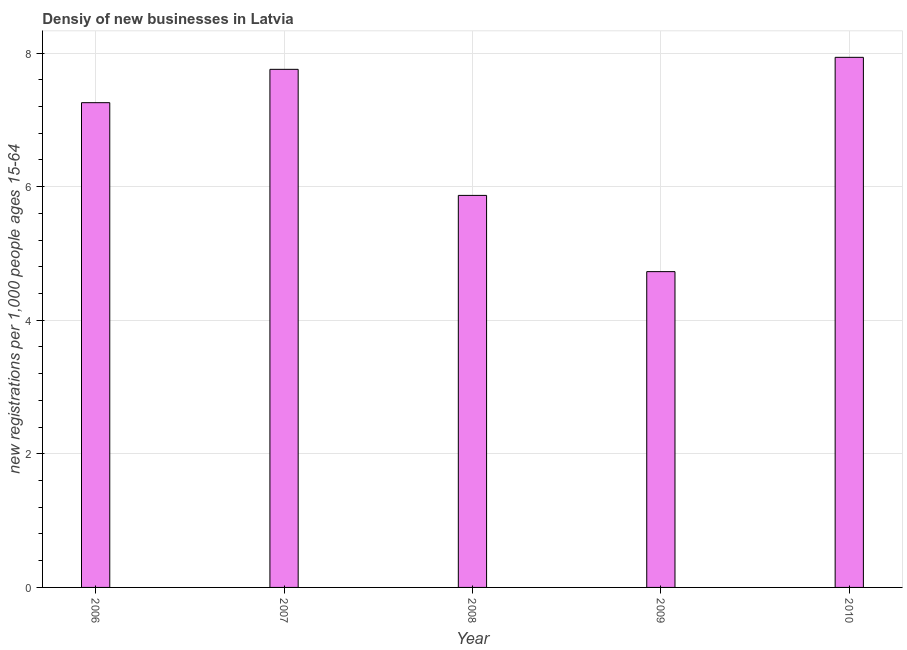
| Year | New business density |
 | --- | --- |
 | 2006 | 7.26 |
 | 2007 | 7.76 |
 | 2008 | 5.87 |
 | 2009 | 4.73 |
 | 2010 | 7.94 |